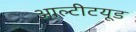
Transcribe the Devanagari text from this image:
आल्टीटयूड